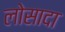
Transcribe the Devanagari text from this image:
लोसादा